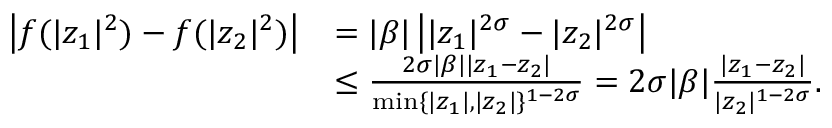
\begin{array} { r l } { \left| f ( | z _ { 1 } | ^ { 2 } ) - f ( | z _ { 2 } | ^ { 2 } ) \right| } & { = | \beta | \left| | z _ { 1 } | ^ { 2 \sigma } - | z _ { 2 } | ^ { 2 \sigma } \right| } \\ & { \leq \frac { 2 \sigma | \beta | | z _ { 1 } - z _ { 2 } | } { \operatorname* { m i n } \{ | z _ { 1 } | , | z _ { 2 } | \} ^ { 1 - 2 \sigma } } = 2 \sigma | \beta | \frac { | z _ { 1 } - z _ { 2 } | } { | z _ { 2 } | ^ { 1 - 2 \sigma } } . } \end{array}